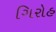
ગિરોહ